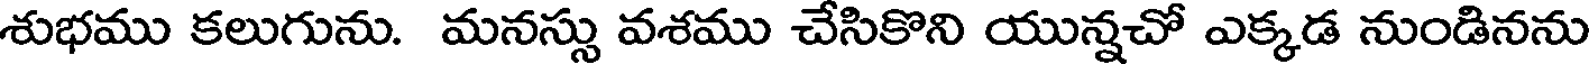
శుభము కలుగును. మనస్సు వశము చేసికొని యున్నచో ఎక్కడ నుండినను